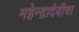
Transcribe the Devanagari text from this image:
महेन्द्रादेवीचा